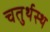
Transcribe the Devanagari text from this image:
चतुर्थस्थ